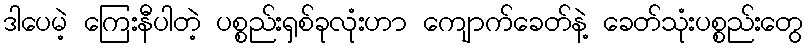
ဒါပေမဲ့ ကြေးနီပါတဲ့ ပစ္စည်းရှစ်ခုလုံးဟာ ကျောက်ခေတ်နဲ့ ခေတ်သုံးပစ္စည်းတွေ